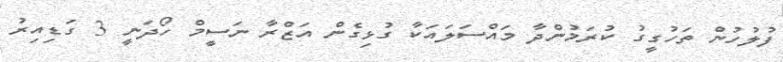
ފުލުހުން ތަހުގީގު ކުރަމުންދާ މައްސަލައަކާ ގުޅިގެން އަޒްރާ ނަސީމް ހޯދަނީ 3 ގަޑިއިރު